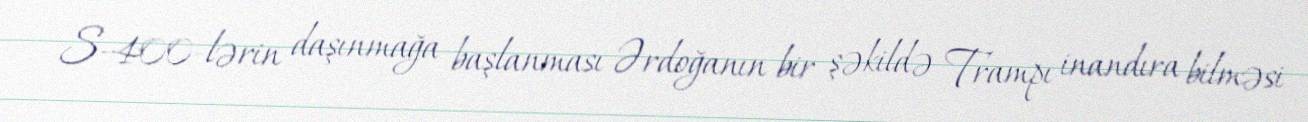
S-400-lərin daşınmağa başlanması Ərdoğanın bir şəkildə Trampı inandıra bilməsi